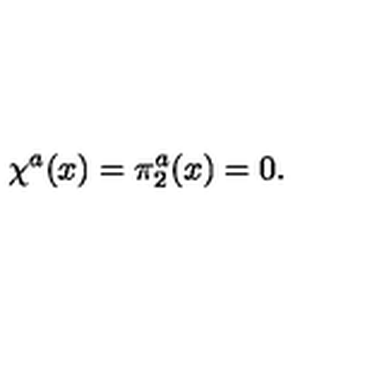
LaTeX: \chi ^ { a } ( x ) = \pi _ { 2 } ^ { a } ( x ) = 0 .